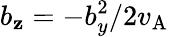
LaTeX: b_{\mathbf{z}}=-b_{y}^{2}/2v_{\mathrm{{A}}}